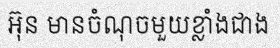
អ៊ុន មានចំណុចមួយខ្លាំងជាង